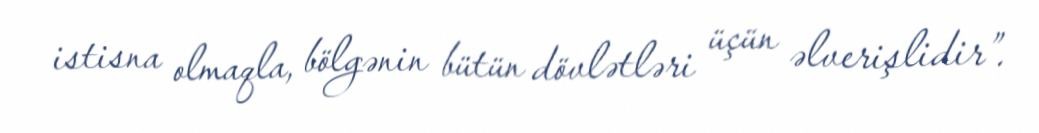
istisna olmaqla, bölgənin bütün dövlətləri üçün əlverişlidir”.